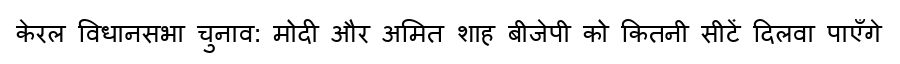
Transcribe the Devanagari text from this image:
केरल विधानसभा चुनाव: मोदी और अमित शाह बीजेपी को कितनी सीटें दिलवा पाएँगे